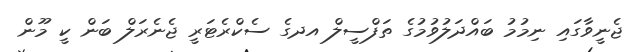
ޖެނީވާގައި ނިމުމު ބައްދަލުވުމުގެ ތަފްސީލް އދގެ ސެކްރެޓަރީ ޖެނެރަލް ބަން ކީ މޫން